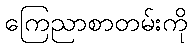
ကြေညာစာတမ်းကို